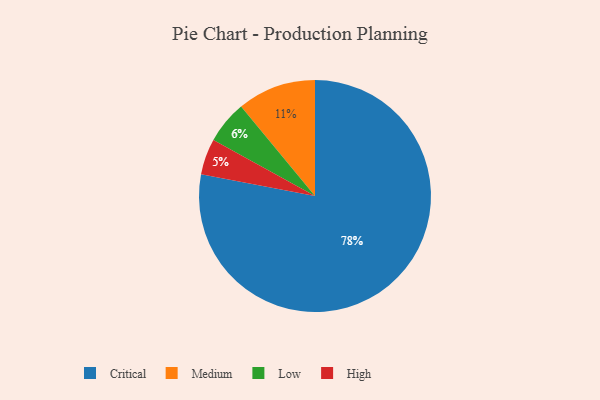
{"axis": {"x": "Category", "y": "Percentage"}, "legend": ["Critical", "High", "Low", "Medium"], "data": [{"x": "High", "y": 5, "type": "High"}, {"x": "Medium", "y": 11, "type": "Medium"}, {"x": "Critical", "y": 78, "type": "Critical"}, {"x": "Low", "y": 6, "type": "Low"}]}